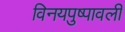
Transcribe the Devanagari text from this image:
विनयपुष्पावली